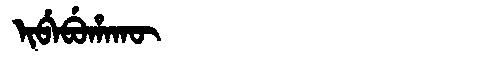
Manchu: ᡳᠪᡝᠪᡠᡥᠠᡴᡡ
Romanization: IBEBUHAKŪ